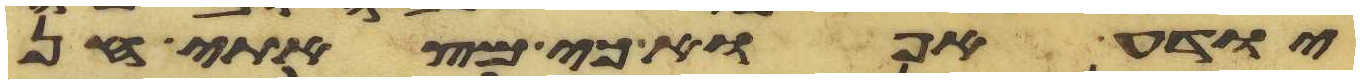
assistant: יודע אפוא כי מצאתי חן